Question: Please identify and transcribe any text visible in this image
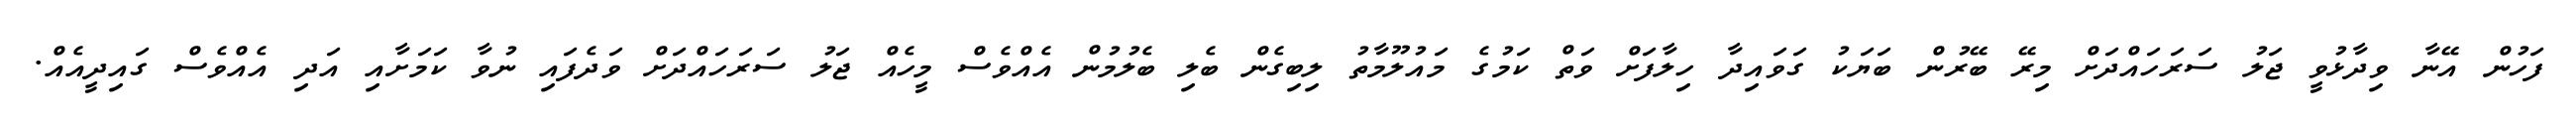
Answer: ފަހުން އޭނާ ވިދާޅުވީ ޖަލު ސަރަހައްދަށް މިރޭ ބޭރުން ބަޔަކު ގަވައިދާ ހިލާފަށް ވަތް ކަމުގެ މައުލޫމާތު ލިބިގެން ބެލި ބެލުމުން އެއްވެސް މީހެއް ޖަލު ސަރަހައްދަށް ވަދެފައި ނުވާ ކަމަށާއި އަދި އެއްވެސް ގައިދީއެއް.